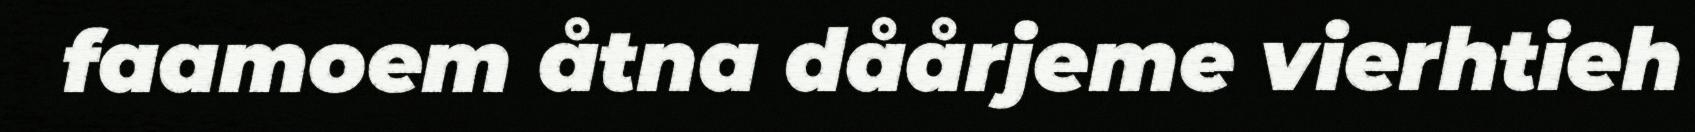
faamoem åtna dåårjeme vierhtieh